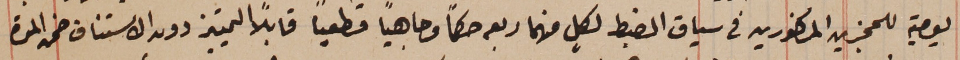
يومية للمجزين المذكورين في سياق الضبط لكلٍ منهما ربعه حكماً وجاهياً قطعيًا قابلاً التمييز دون الاستناف ضمن المدة